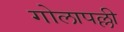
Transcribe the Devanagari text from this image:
गोलापल्ली